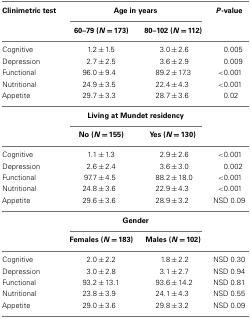
<table><thead><tr><td><b>Clinimetric test</b></td><td colspan="2"><b>Age in years</b></td><td><b><i>P</i>-value</b></td></tr><tr><td></td><td><b>60–79 (<i>N</i> = 173)</b></td><td><b>80–102 (<i>N</i> = 112)</b></td><td></td></tr></thead><tbody><tr><td>Cognitive</td><td>1.2 ± 1.5</td><td>3.0 ± 2.6</td><td>0.005</td></tr><tr><td>Depression</td><td>2.7 ± 2.5</td><td>3.6 ± 2.9</td><td>0.009</td></tr><tr><td>Functional</td><td>96.0 ± 9.4</td><td>89.2 ± 17.3</td><td>&lt;0.001</td></tr><tr><td>Nutritional</td><td>24.9 ± 3.5</td><td>22.4 ± 4.3</td><td>&lt;0.001</td></tr><tr><td>Appetite</td><td>29.7 ± 3.3</td><td>28.7 ± 3.6</td><td>0.02</td></tr><tr><td></td><td colspan="2"><b>Living at Mundet residency</b></td><td></td></tr><tr><td></td><td>No (<i>N</i> = 155)</td><td>Yes (<i>N</i> = 130)</td><td></td></tr><tr><td>Cognitive</td><td>1.1 ± 1.3</td><td>2.9 ± 2.6</td><td>&lt;0.001</td></tr><tr><td>Depression</td><td>2.6 ± 2.4</td><td>3.6 ± 3.0</td><td>0.002</td></tr><tr><td>Functional</td><td>97.7 ± 4.5</td><td>88.2 ± 18.0</td><td>&lt;0.001</td></tr><tr><td>Nutritional</td><td>24.8 ± 3.6</td><td>22.9 ± 4.3</td><td>&lt;0.001</td></tr><tr><td>Appetite</td><td>29.6 ± 3.6</td><td>28.9 ± 3.2</td><td>NSD 0.09</td></tr><tr><td></td><td colspan="2"><b>Gender</b></td><td></td></tr><tr><td></td><td>Females (<i>N</i> = 183)</td><td>Males (<i>N</i> = 102)</td><td></td></tr><tr><td>Cognitive</td><td>2.0 ± 2.2</td><td>1.8 ± 2.2</td><td>NSD 0.30</td></tr><tr><td>Depression</td><td>3.0 ± 2.8</td><td>3.1 ± 2.7</td><td>NSD 0.94</td></tr><tr><td>Functional</td><td>93.2 ± 13.1</td><td>93.6 ± 14.2</td><td>NSD 0.81</td></tr><tr><td>Nutritional</td><td>23.8 ± 3.9</td><td>24.1 ± 4.3</td><td>NSD 0.55</td></tr><tr><td>Appetite</td><td>29.0 ± 3.6</td><td>29.8 ± 3.2</td><td>NSD 0.09</td></tr></tbody></table>